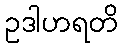
ဥဒါဟရတိ